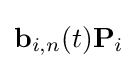
\mathbf {b} _{i,n}(t)\mathbf {P} _{i}